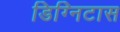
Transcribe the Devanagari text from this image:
डिग्निटास